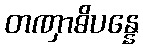
တဏှာဓိပန္နေ